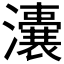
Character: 𤃈